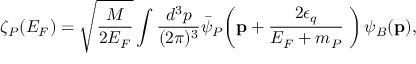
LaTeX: \zeta _ { P } ( E _ { F } ) = \sqrt { \frac { M } { 2 E _ { F } } } \int \frac { d ^ { 3 } p } { ( 2 \pi ) ^ { 3 } } \bar { \psi } _ { P } \! \left( { \bf p } + \frac { 2 \epsilon _ { q } } { E _ { F } + m _ { P } } { \bf \Delta } \right) \psi _ { B } ( { \bf p } ) ,